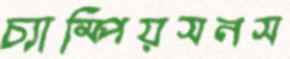
চ্যাম্পিয়সনস